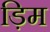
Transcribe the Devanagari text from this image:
ड़िम